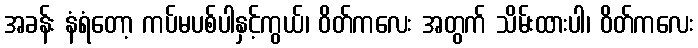
အခန်း နံရံတော့ ကပ်မပစ်ပါနှင့်ကွယ်၊ ဝိတ်ကလေး အတွက် သိမ်းထားပါ၊ ဝိတ်ကလေး